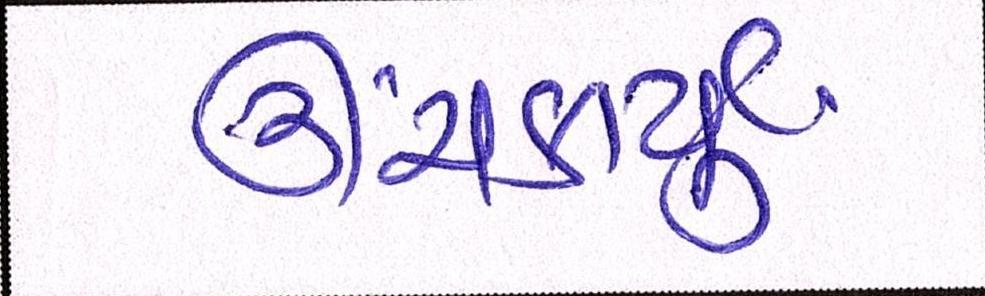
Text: ઊંચકાયું